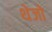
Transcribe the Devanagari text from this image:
थेजो